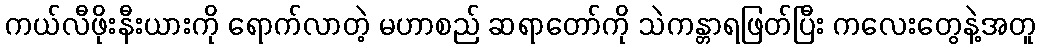
ကယ်လီဖိုးနီးယားကို ရောက်လာတဲ့ မဟာစည် ဆရာတော်ကို သဲကန္တာရဖြတ်ပြီး ကလေးတွေနဲ့အတူ